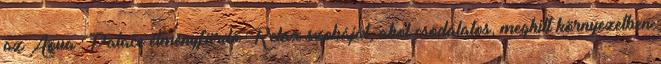
az Aqua-Palace élményfürdő Relax szobáját, ahol csodálatos, meghitt környezetben